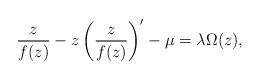
LaTeX: \begin{align*}\frac{z}{f(z)}-z\left(\frac{z}{f(z)}\right)' - \mu = \lambda \Omega(z),\end{align*}